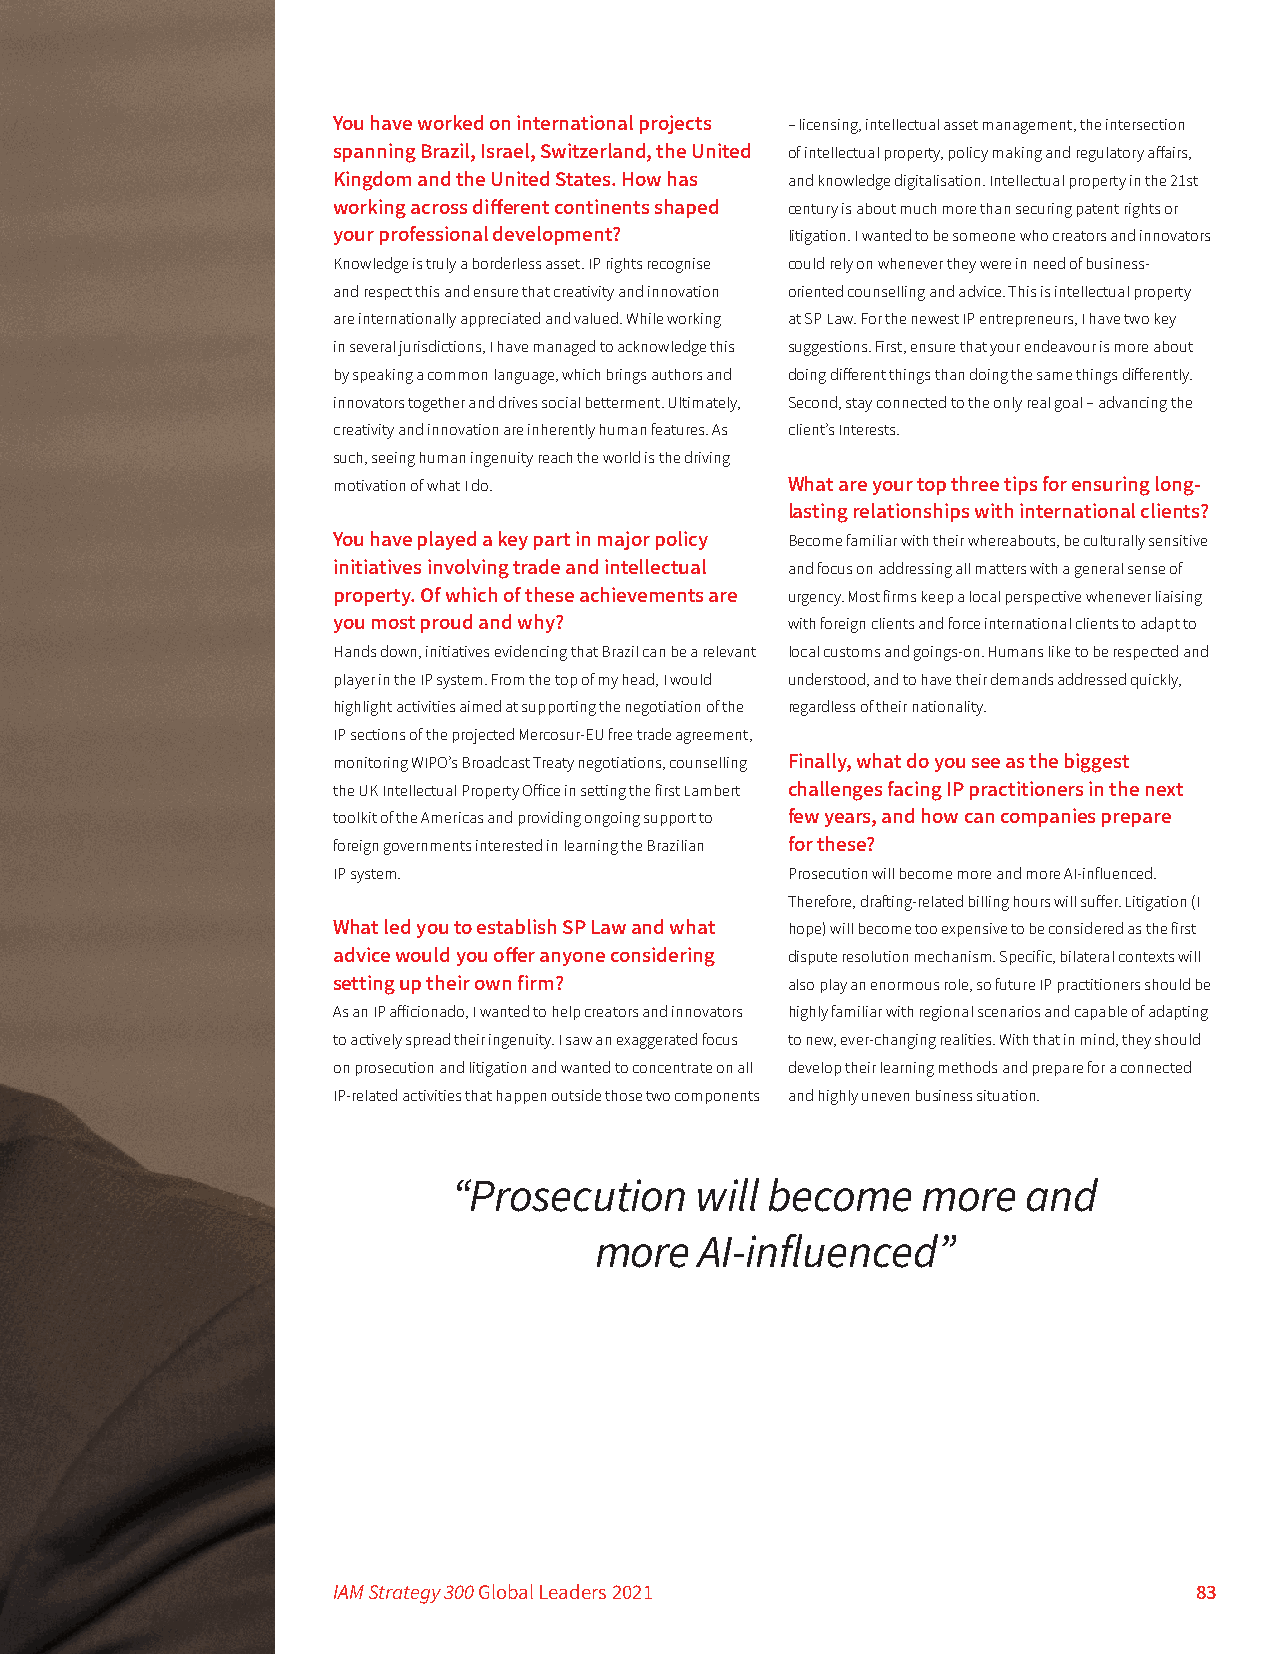
You have worked on international projects – licensing, intellectual asset management, the intersection
 spanning Brazil, Israel, Switzerland, the United of intellectual property, policy making and regulatory affairs,
 Kingdom and the United States. How has and knowledge digitalisation. Intellectual property in the 21st
 working across different continents shaped century is about much more than securing patent rights or
 your professional development? litigation. I wanted to be someone who creators and innovators
 Knowledge is truly a borderless asset. IP rights recognise could rely on whenever they were in need of business-
 and respect this and ensure that creativity and innovation oriented counselling and advice. This is intellectual property
 are internationally appreciated and valued. While working at SP Law. For the newest IP entrepreneurs, I have two key
 in several jurisdictions, I have managed to acknowledge this suggestions. First, ensure that your endeavour is more about
 by speaking a common language, which brings authors and doing different things than doing the same things differently.
 innovators together and drives social betterment. Ultimately, Second, stay connected to the only real goal – advancing the
 creativity and innovation are inherently human features. As client’s Interests.
 such, seeing human ingenuity reach the world is the driving
 motivation of what I do.      What are your top three tips for ensuring long-
 lasting relationships with international clients?
 You have played a key part in major policy Become familiar with their whereabouts, be culturally sensitive
 initiatives involving trade and intellectual and focus on addressing all matters with a general sense of
 property. Of which of these achievements are urgency. Most firms keep a local perspective whenever liaising
 you most proud and why?       with foreign clients and force international clients to adapt to
 Hands down, initiatives evidencing that Brazil can be a relevant local customs and goings-on. Humans like to be respected and
 player in the IP system. From the top of my head, I would understood, and to have their demands addressed quickly,
 highlight activities aimed at supporting the negotiation of the regardless of their nationality.
 IP sections of the projected Mercosur-EU free trade agreement,
 monitoring WIPO’s Broadcast Treaty negotiations, counselling Finally, what do you see as the biggest
 the UK Intellectual Property Office in setting the first Lambert challenges facing IP practitioners in the next
 toolkit of the Americas and providing ongoing support to few years, and how can companies prepare
 foreign governments interested in learning the Brazilian for these?
 IP system.                    Prosecution will become more and more AI-influenced.
 Therefore, drafting-related billing hours will suffer. Litigation (I
 What led you to establish SP Law and what hope) will become too expensive to be considered as the first
 advice would you offer anyone considering dispute resolution mechanism. Specific, bilateral contexts will
 setting up their own firm?    also play an enormous role, so future IP practitioners should be
 As an IP afficionado, I wanted to help creators and innovators highly familiar with regional scenarios and capable of adapting
 to actively spread their ingenuity. I saw an exaggerated focus to new, ever-changing realities. With that in mind, they should
 on prosecution and litigation and wanted to concentrate on all develop their learning methods and prepare for a connected
 IP-related activities that happen outside those two components and highly uneven business situation.
 “Prosecution    will become    more   and
 more   AI-influenced”
 IAM Strategy 300 Global Leaders 2021                     83